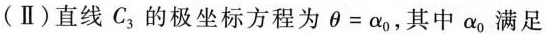
(Ⅱ) 直线 C_{3} 的极坐标方程为 $$θ = α _ { 0 }$$，其中 α_{0} 满足